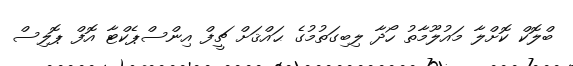
ބްލޮކް ކޮށްލާ މައުލޫމާތު ހޯދާ ލިބިގަތުމުގެ ޙައްޤަށް ޗީފް އިންސްޕެކްޓާ އޮފް ޕޮލިސް